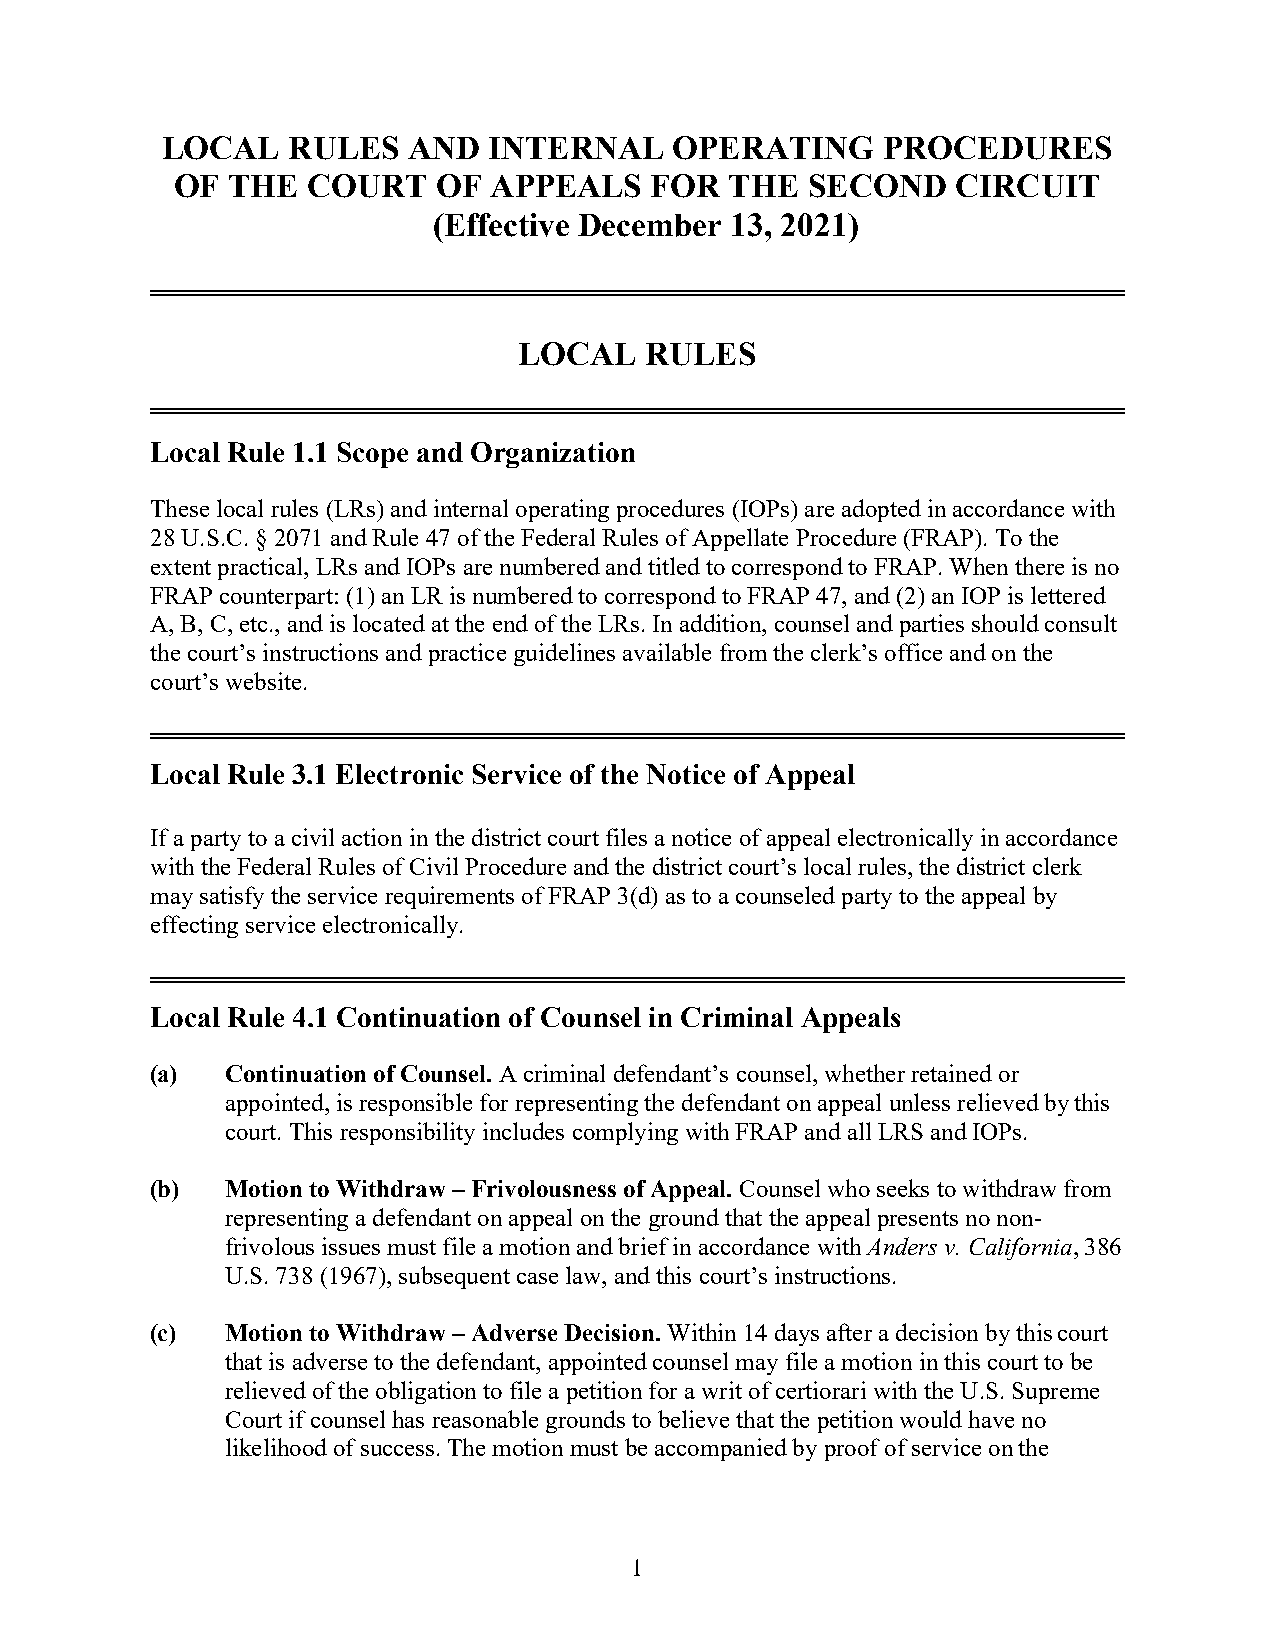
LOCAL   RULES   AND  INTERNAL     OPERATING    PROCEDURES
 OF THE  COURT    OF APPEALS    FOR  THE  SECOND    CIRCUIT
 (Effective December 13, 2021)
 LOCAL    RULES
 Local Rule 1.1 Scope and Organization
 These local rules (LRs) and internal operating procedures (IOPs) are adopted in accordance with
 28 U.S.C. § 2071 and Rule 47 of the Federal Rules of Appellate Procedure (FRAP). To the
 extent practical, LRs and IOPs are numbered and titled to correspond to FRAP. When there is no
 FRAP counterpart: (1) an LR is numbered to correspond to FRAP 47, and (2) an IOP is lettered
 A, B, C, etc., and is located at the end of the LRs. In addition, counsel and parties should consult
 the court’s instructions and practice guidelines available from the clerk’s office and on the
 court’s website.
 Local Rule 3.1 Electronic Service of the Notice of Appeal
 If a party to a civil action in the district court files a notice of appeal electronically in accordance
 with the Federal Rules of Civil Procedure and the district court’s local rules, the district clerk
 may satisfy the service requirements of FRAP 3(d) as to a counseled party to the appeal by
 effecting service electronically.
 Local Rule 4.1 Continuation of Counsel in Criminal Appeals
 (a)  Continuation of Counsel. A criminal defendant’s counsel, whether retained or
 appointed, is responsible for representing the defendant on appeal unless relieved by this
 court. This responsibility includes complying with FRAP and all LRS and IOPs.
 (b)  Motion to Withdraw – Frivolousness of Appeal. Counsel who seeks to withdraw from
 representing a defendant on appeal on the ground that the appeal presents no non-
 frivolous issues must file a motion and brief in accordance with Anders v. California, 386
 U.S. 738 (1967), subsequent case law, and this court’s instructions.
 (c)  Motion to Withdraw – Adverse Decision. Within 14 days after a decision by this court
 that is adverse to the defendant, appointed counsel may file a motion in this court to be
 relieved of the obligation to file a petition for a writ of certiorari with the U.S. Supreme
 Court if counsel has reasonable grounds to believe that the petition would have no
 likelihood of success. The motion must be accompanied by proof of service on the
 1